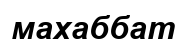
махаббат